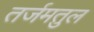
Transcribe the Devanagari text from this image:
तर्जमतुल